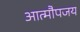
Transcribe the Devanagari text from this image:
आत्मौपजय